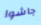
جاشوا